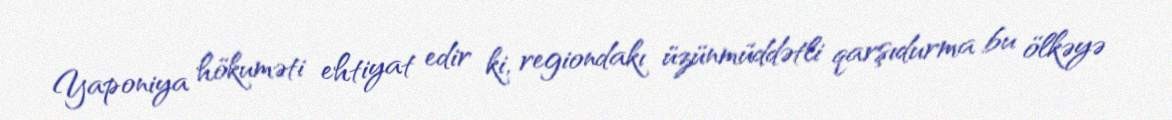
Yaponiya hökuməti ehtiyat edir ki, regiondakı üzünmüddətli qarşıdurma bu ölkəyə